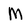
Character: m